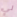
لي